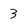
Character: 3